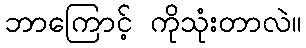
ဘာကြောင့် ကိုသုံးတာလဲ။